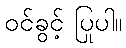
ဝင်ခွင့် ပြုပါ။